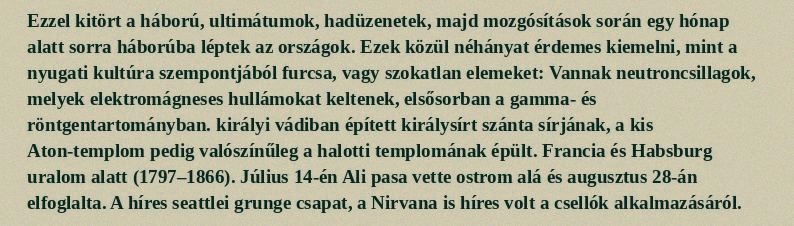
Ezzel kitört a háború, ultimátumok, hadüzenetek, majd mozgósítások során egy hónap alatt sorra háborúba léptek az országok. Ezek közül néhányat érdemes kiemelni, mint a nyugati kultúra szempontjából furcsa, vagy szokatlan elemeket: Vannak neutroncsillagok, melyek elektromágneses hullámokat keltenek, elsősorban a gamma- és röntgentartományban. királyi vádiban épített királysírt szánta sírjának, a kis Aton-templom pedig valószínűleg a halotti templomának épült. Francia és Habsburg uralom alatt (1797–1866). Július 14-én Ali pasa vette ostrom alá és augusztus 28-án elfoglalta. A híres seattlei grunge csapat, a Nirvana is híres volt a csellók alkalmazásáról.